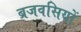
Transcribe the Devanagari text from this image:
ब्रजवसियों